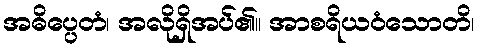
အဓိပ္ပေတံ၊ အလိုရှိအပ်၏။ အာစရိယဝံသောတိ၊